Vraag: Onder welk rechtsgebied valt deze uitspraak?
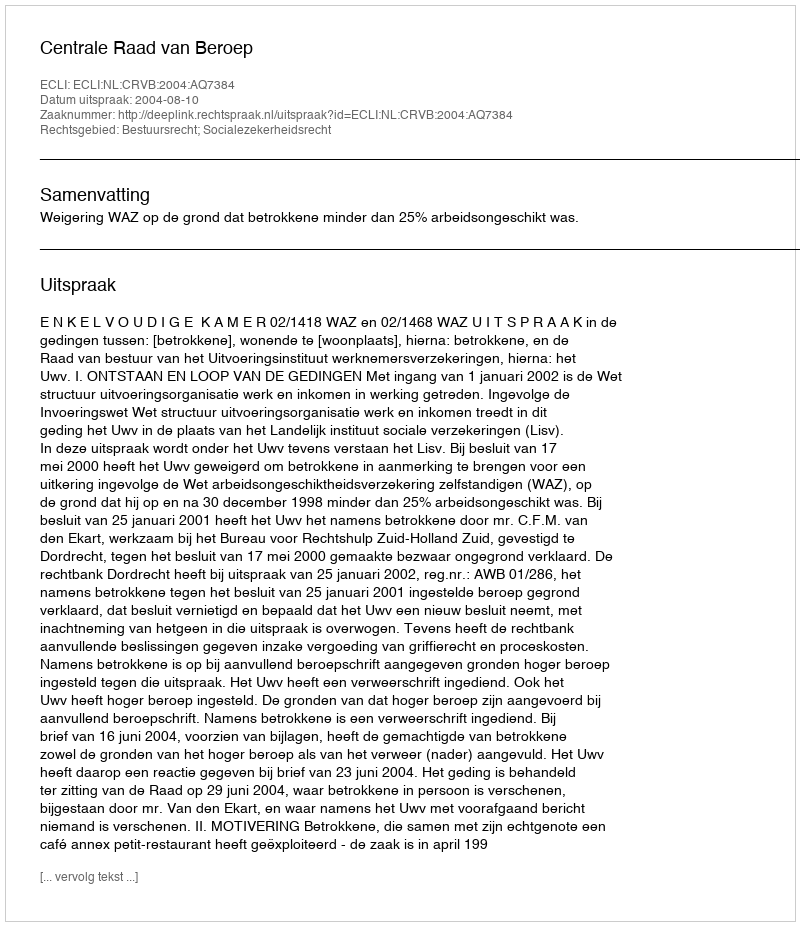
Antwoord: Bestuursrecht; Socialezekerheidsrecht